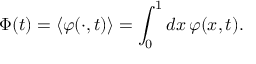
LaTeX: { \Phi } ( t ) = \left\langle \varphi ( \cdot , t ) \right\rangle = \int _ { 0 } ^ { 1 } d x \, \varphi ( x , t ) .